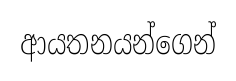
ආයතනයන්ගෙන්